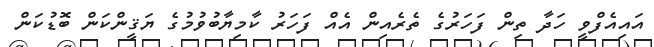
އައިއެފްވީ ހަދާ ތިން ފަހަރުގެ ތެރެއިން އެއް ފަހަރު ކާމިޔާބުވުމުގެ ޔަޤީންކަން ބޮޑުކަން